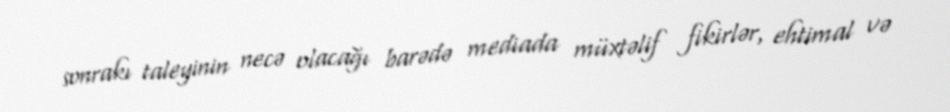
sonrakı taleyinin necə olacağı barədə mediada müxtəlif fikirlər, ehtimal və